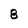
Character: 8